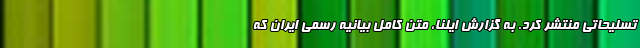
تسلیحاتی منتشر کرد. به گزارش ایلنا، متن کامل بیانیه رسمی ایران که